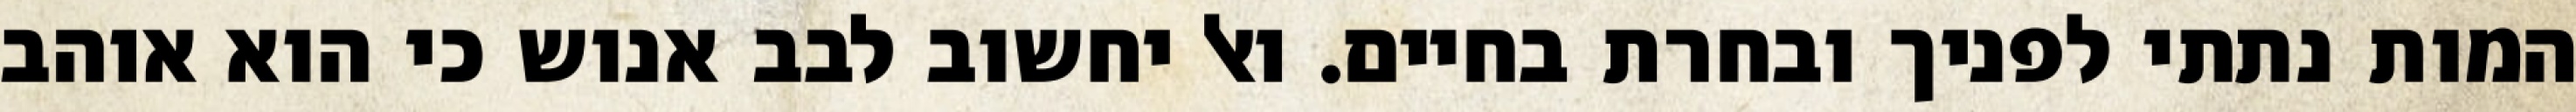
המות נתתי לפניך ובחרת בחיים. ואל יחשוב לבב אנוש כי הוא אוהב